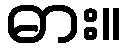
ဓား။